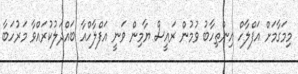
މިމަގާމަށް އަފްލާހް އިންތިހާބު ވުމުން ރައީސް ޔާމިން ވަނީ އަފްލާހްއާ ބައްދަލުކުރައްވާ މަރުހަބާ